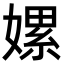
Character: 嫘